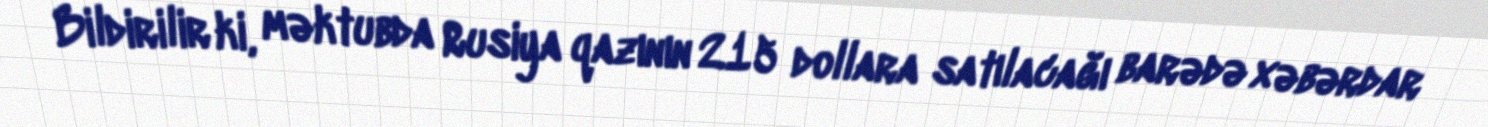
Bildirilir ki, məktubda Rusiya qazının 215 dollara satılacağı barədə xəbərdar